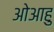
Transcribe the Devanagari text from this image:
ओआहु